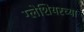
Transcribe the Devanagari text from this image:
ग्लेशियरच्या